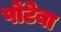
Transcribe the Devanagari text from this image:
पोंटेबा